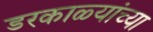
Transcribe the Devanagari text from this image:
डरकाळ्यांच्या